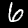
Label: 6